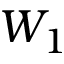
W _ { 1 }